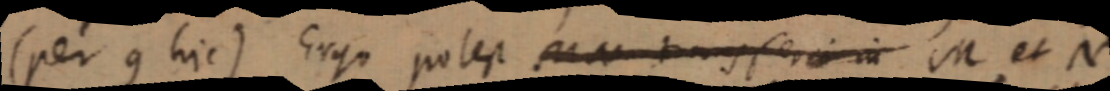
(per con hic) Ergo potest MN transferi in M et N